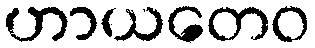
ဟာယတေဝ